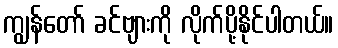
ကျွန်တော် ခင်ဗျားကို လိုက်ပို့နိုင်ပါတယ်။